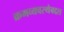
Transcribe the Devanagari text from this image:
क्रमव्यवस्थेबद्दल